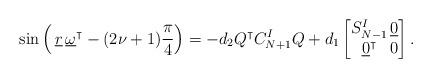
LaTeX: \begin{align*} \sin\left( \, \underline{r}\,\underline{\omega}^\intercal -(2\nu + 1)\frac{\pi}{4} \right) = - d_2 Q^\intercal C_{N+1}^{I}Q + d_1\begin{bmatrix} S_{N-1}^{I} &\!\!\!\! \underline{0}\\ \underline{0}^\intercal &\!\!\!\! 0\end{bmatrix}.\end{align*}